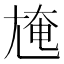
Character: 㞄